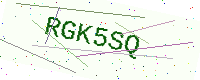
Text: RGK5SQ